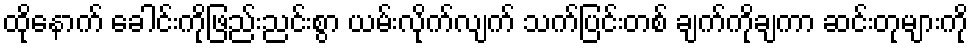
ထိုနောက် ခေါင်းကိုဖြည်းညင်းစွာ ယမ်းလိုက်လျက် သက်ပြင်းတစ် ချက်ကိုချကာ ဆင်းတုများကို